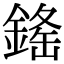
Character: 𨨳